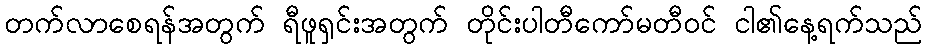
တက်လာစေရန်အတွက် ရီဖူရှင်းအတွက် တိုင်းပါတီကော်မတီဝင် ငါ၏နေ့ရက်သည်